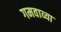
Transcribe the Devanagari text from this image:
गमवाव्या